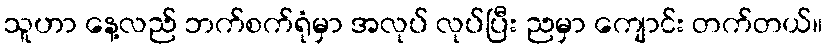
သူဟာ နေ့လည် ဘက်စက်ရုံမှာ အလုပ် လုပ်ပြီး ညမှာ ကျောင်း တက်တယ်။